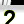
Digit: 2